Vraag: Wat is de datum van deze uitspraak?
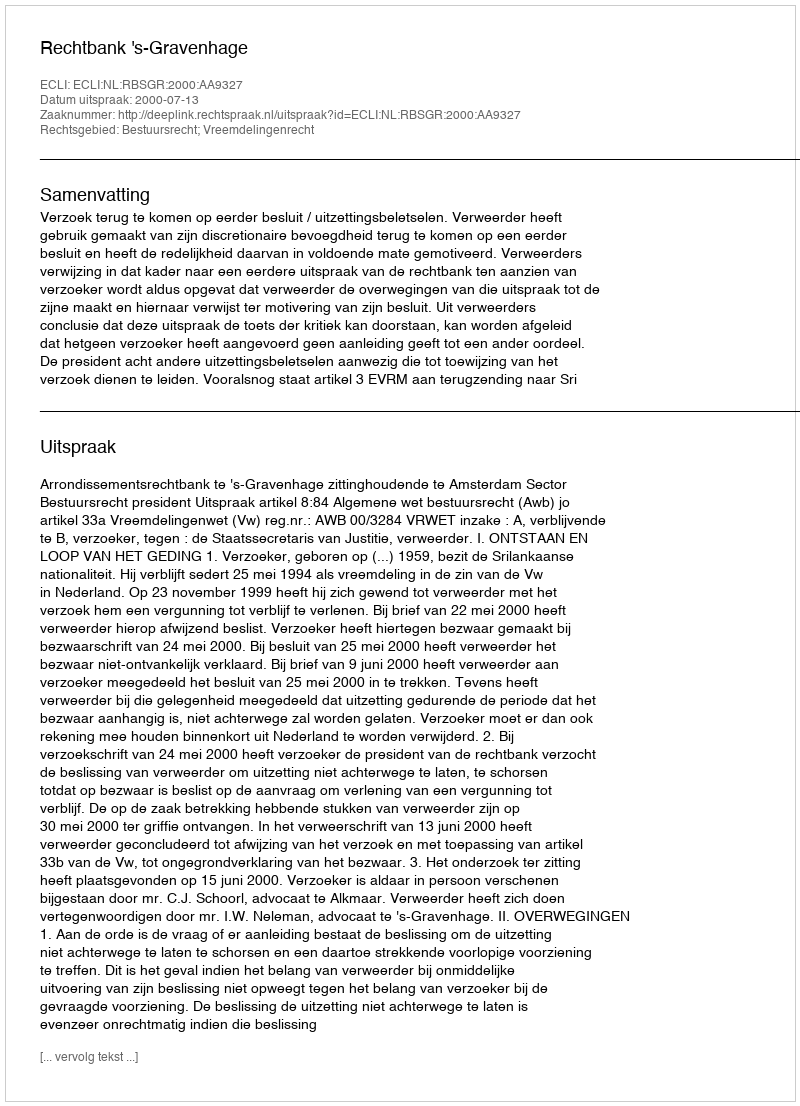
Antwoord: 2000-07-13